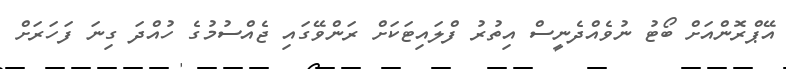
އޭޕްރޮންއަށް ބޯޓު ނުވެއްދެނީސް އިތުރު ފްލައިޓަކަށް ރަންވޭގައި ޖެއްސުމުގެ ހުއްދަ ގިނަ ފަހަރަށް